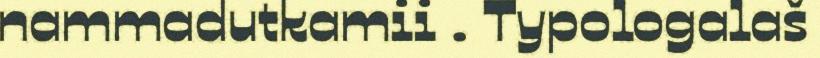
nammadutkamii . Typologalaš